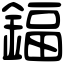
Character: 鍢